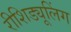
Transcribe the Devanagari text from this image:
रीशिड्यूलिंग